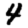
Digit: 4